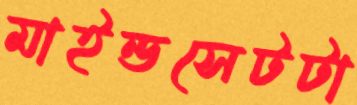
মাইন্ডসেটটা